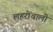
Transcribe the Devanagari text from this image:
लहरोंवाली